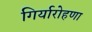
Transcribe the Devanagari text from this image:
गिर्यारोहणा